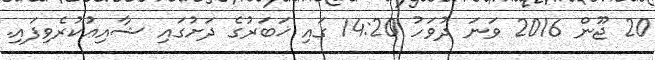
20 ޖޫން 2016 ވަނަ ދުވަހު 14:20 ގައި ޚަބަރުގެ ދަށުގައި ޝާއިޢުކުރެވިފައި.